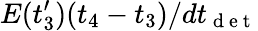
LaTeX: E(t_{3}^{\prime})(t_{4}-t_{3})/dt_{\mathrm{~d~e~t~}}